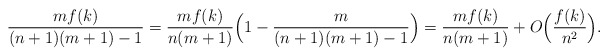
\begin{align*}\frac{mf(k)}{(n+1)(m+1)-1}=\frac{mf(k)}{n(m+1)}\Big(1-\frac{m}{(n+1)(m+1)-1}\Big)=\frac{mf(k)}{n(m+1)}+O\Big(\frac{f(k)}{n^2}\Big).\end{align*}